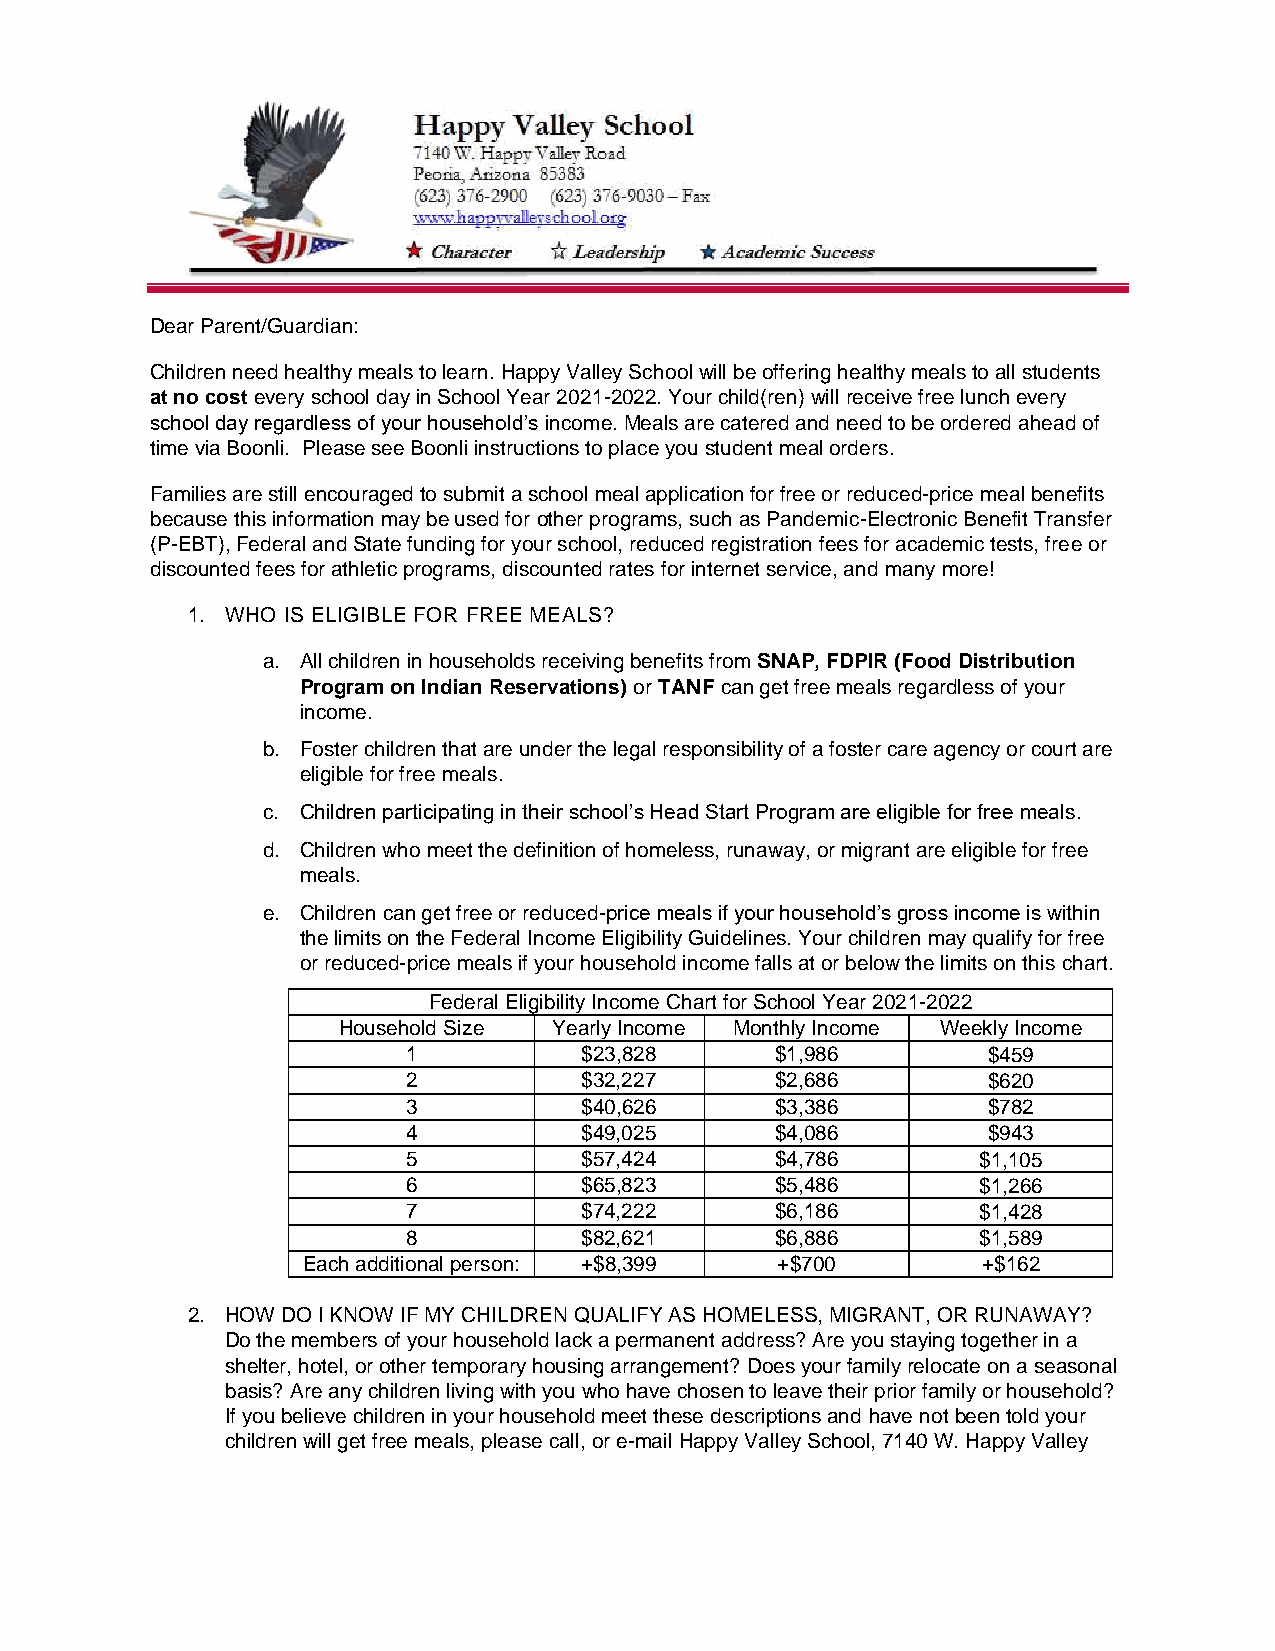
Dear Parent/Guardian:
 Children need healthy meals to learn. Happy Valley School will be offering healthy meals to all students
 at no cost every school day in School Year 2021-2022. Your child(ren) will receive free lunch every
 school day regardless of your household’s income. Meals are catered and need to be ordered ahead of
 time via Boonli. Please see Boonli instructions to place you student meal orders.
 Families are still encouraged to submit a school meal application for free or reduced-price meal benefits
 because this information may be used for other programs, such as Pandemic-Electronic Benefit Transfer
 (P-EBT), Federal and State funding for your school, reduced registration fees for academic tests, free or
 discounted fees for athletic programs, discounted rates for internet service, and many more!
 1. WHO IS ELIGIBLE FOR FREE MEALS?
 a. All children in households receiving benefits from SNAP, FDPIR (Food Distribution
 Program on Indian Reservations) or TANF can get free meals regardless of your
 income.
 b. Foster children that are under the legal responsibility of a foster care agency or court are
 eligible for free meals.
 c. Children participating in their school’s Head Start Program are eligible for free meals.
 d. Children who meet the definition of homeless, runaway, or migrant are eligible for free
 meals.
 e. Children can get free or reduced-price meals if your household’s gross income is within
 the limits on the Federal Income Eligibility Guidelines. Your children may qualify for free
 or reduced-price meals if your household income falls at or below the limits on this chart.
 Federal Eligibility Income Chart for School Year 2021-2022
 Household Size Yearly Income Monthly Income Weekly Income
 1          $23,828      $1,986        $459
 2          $32,227      $2,686        $620
 3          $40,626      $3,386        $782
 4          $49,025      $4,086        $943
 5          $57,424      $4,786        $1,105
 6          $65,823      $5,486        $1,266
 7          $74,222      $6,186        $1,428
 8          $82,621      $6,886        $1,589
 Each additional person: +$8,399 +$700        +$162
 2. HOW DO I KNOW IF MY CHILDREN QUALIFY AS HOMELESS, MIGRANT, OR RUNAWAY?
 Do the members of your household lack a permanent address? Are you staying together in a
 shelter, hotel, or other temporary housing arrangement? Does your family relocate on a seasonal
 basis? Are any children living with you who have chosen to leave their prior family or household?
 If you believe children in your household meet these descriptions and have not been told your
 children will get free meals, please call, or e-mail Happy Valley School, 7140 W. Happy Valley